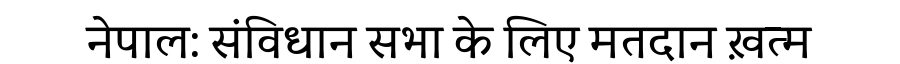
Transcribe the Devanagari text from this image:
नेपाल: संविधान सभा के लिए मतदान ख़त्म